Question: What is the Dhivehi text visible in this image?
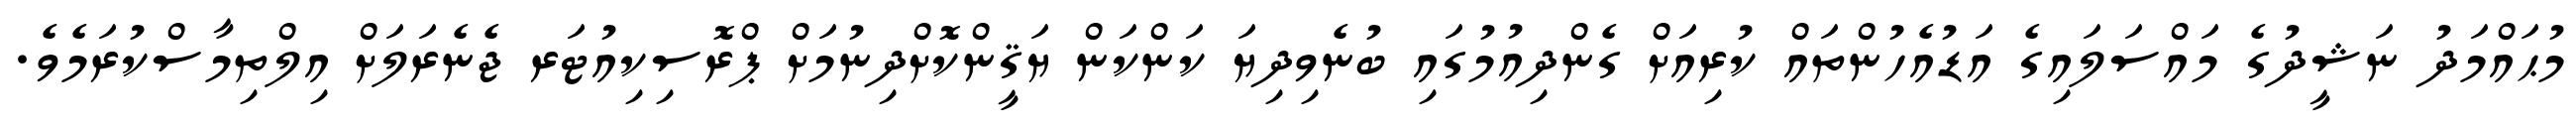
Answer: މުޙައްމަދު ނަޝީދުގެ މައްސަލައިގެ އަޑުއެހުންތައް ކުރިއަށް ގެންދިއުމުގައި ބުނެވިދިޔަ ކަންކަން ޔަޤީންކޮށްދިނުމަށް ޕްރޮސިކިއުޓަރ ޖެނެރަލަށް އިލްތިމާސްކުރަމެވެ.